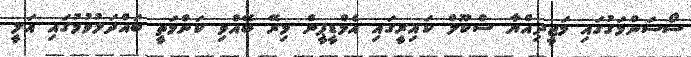
ސޯސަންމަގުގައި މަޖީދިއްޔާ ސްކޫލް ކައިރީގައި އެމްޑީޕީން މިރޭ ބޭއްވި ކަންމަތީ ބައްދަލުވުމުގައި އަލީ